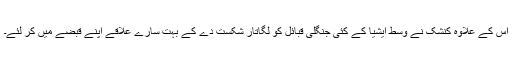
اس کے علاوہ کنشک نے وسط ایشیا کے کئی جنگلی قبائل کو لگاتار شکست دے کے بہت سارے علاقے اپنے قبضے میں کر لئے۔